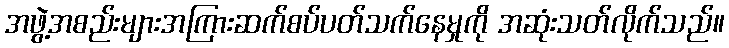
အဖွဲ့အစည်းများအကြားဆက်စပ်ပတ်သက်နေမှုကို အဆုံးသတ်လိုက်သည်။